画像に写った文字を読んでください
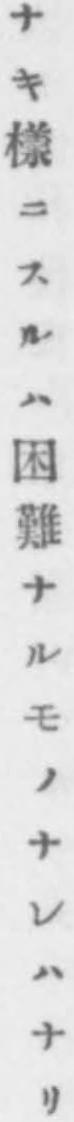
「ナキ樣ニスルハ困難ナルモノナレハナリ」と書いてあります